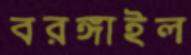
বরঙ্গাইল